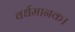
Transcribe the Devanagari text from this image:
वर्धमानक।